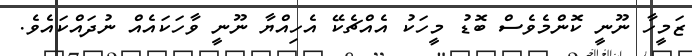
ޒަމީހާ ނޫނީ ކޮންމެވެސް ބޮޑު މީހަކު އެއްޗެކޭ އެހިއްޔާ ނޫނީ ވާހަކައެއް ނުދައްކައެވެ.